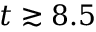
t \gtrsim 8 . 5